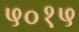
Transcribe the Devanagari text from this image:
५०१५